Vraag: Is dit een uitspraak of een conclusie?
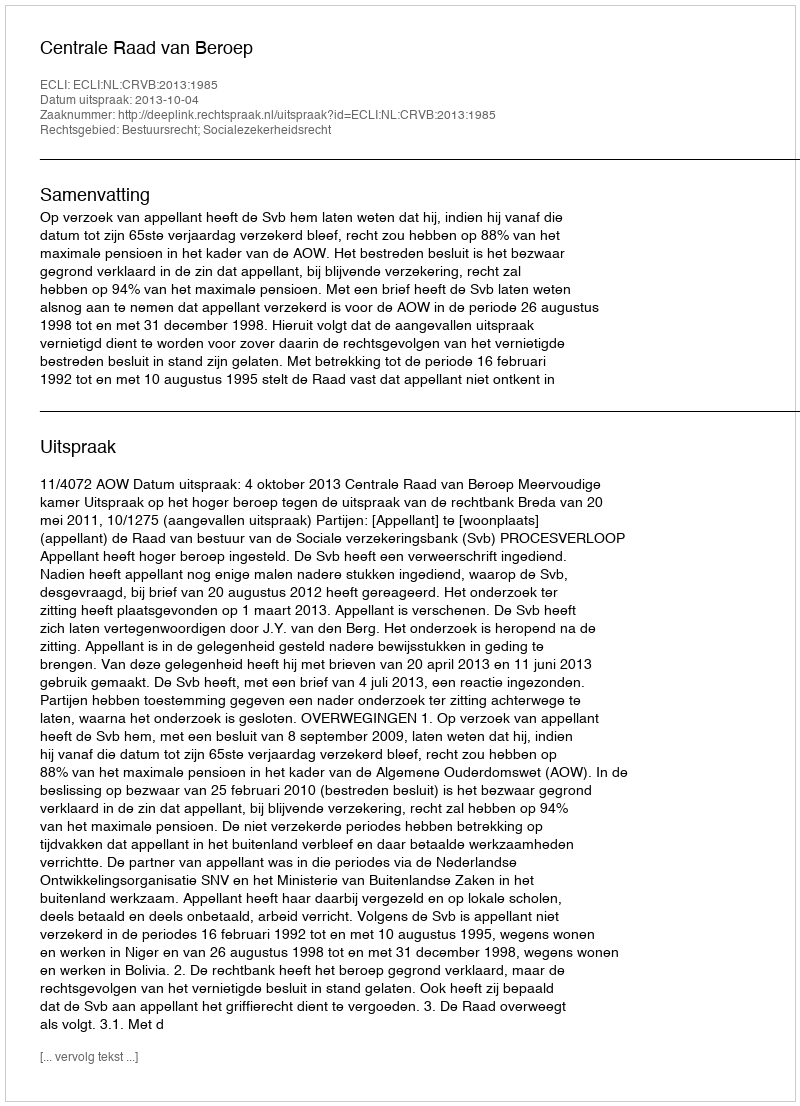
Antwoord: Uitspraak